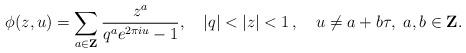
LaTeX: \begin{align*}\phi(z,u)=\sum_{a\in{\bf Z}} \frac{z^a }{q^a e^{2\pi i u }-1}, \quad |q|<|z|<1\,, \quad u\neq a+b\tau,~a,b\in{\bf Z}.\end{align*}